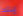
إذنك